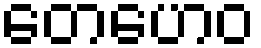
တေဟေဝ